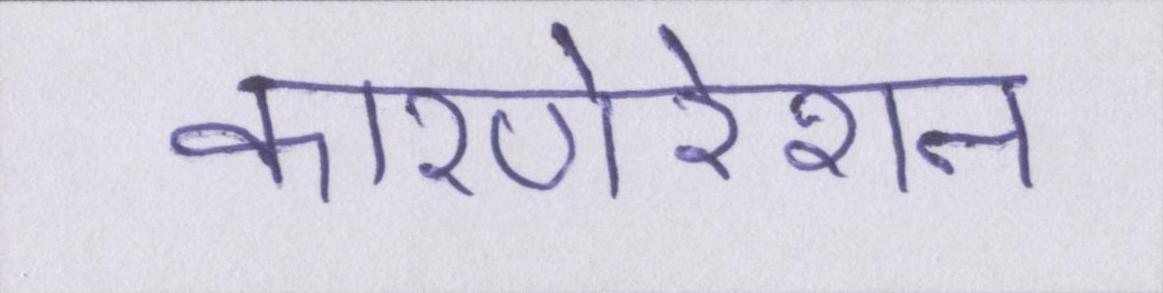
कारपोरेशन